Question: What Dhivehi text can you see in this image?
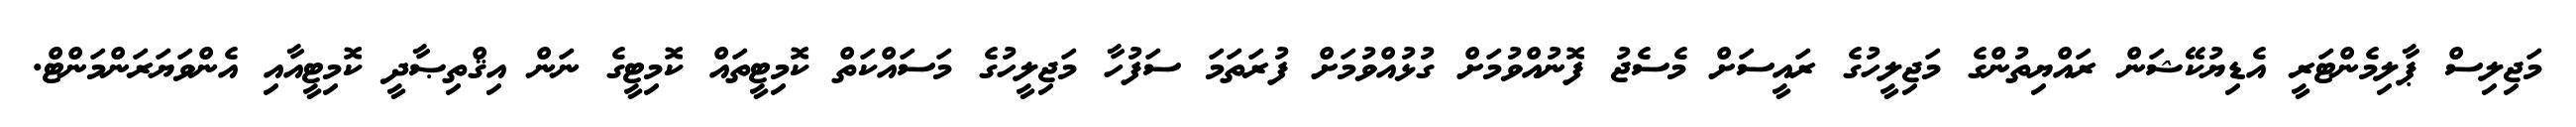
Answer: މަޖިލިސް ޕާލިމެންޓަރީ އެޑިޔުކޭޝަން ރައްޔިތުންގެ މަޖިލީހުގެ ރައީސަށް މެސެޖު ފޮނުއްވުމަށް ގުޅުއްވުމަށް ފުރަތަމަ ސަފުހާ މަޖިލީހުގެ މަސައްކަތް ކޮމިޓީތައް ކޮމިޓީގެ ނަން އިޤްތިޞާދީ ކޮމިޓީއާއި އެންވަޔަރަންމަންޓް.